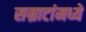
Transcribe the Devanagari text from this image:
सम्राटांमध्ये